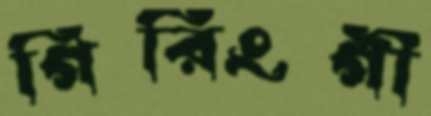
গিরিংগী